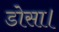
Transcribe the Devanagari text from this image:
डोसा।